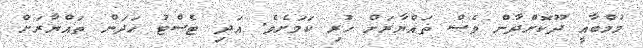
މުމްބާއީ ދޫކޮށްދާން ވެސް ތައްޔާރަށް ހުރި ކަމަށެވެ. އަދި ޓެސްޓު ހަދަން ތައްޔާރަށް